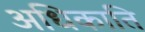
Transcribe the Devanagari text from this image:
अधिकाति